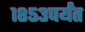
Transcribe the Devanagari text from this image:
१८५३पर्यंत